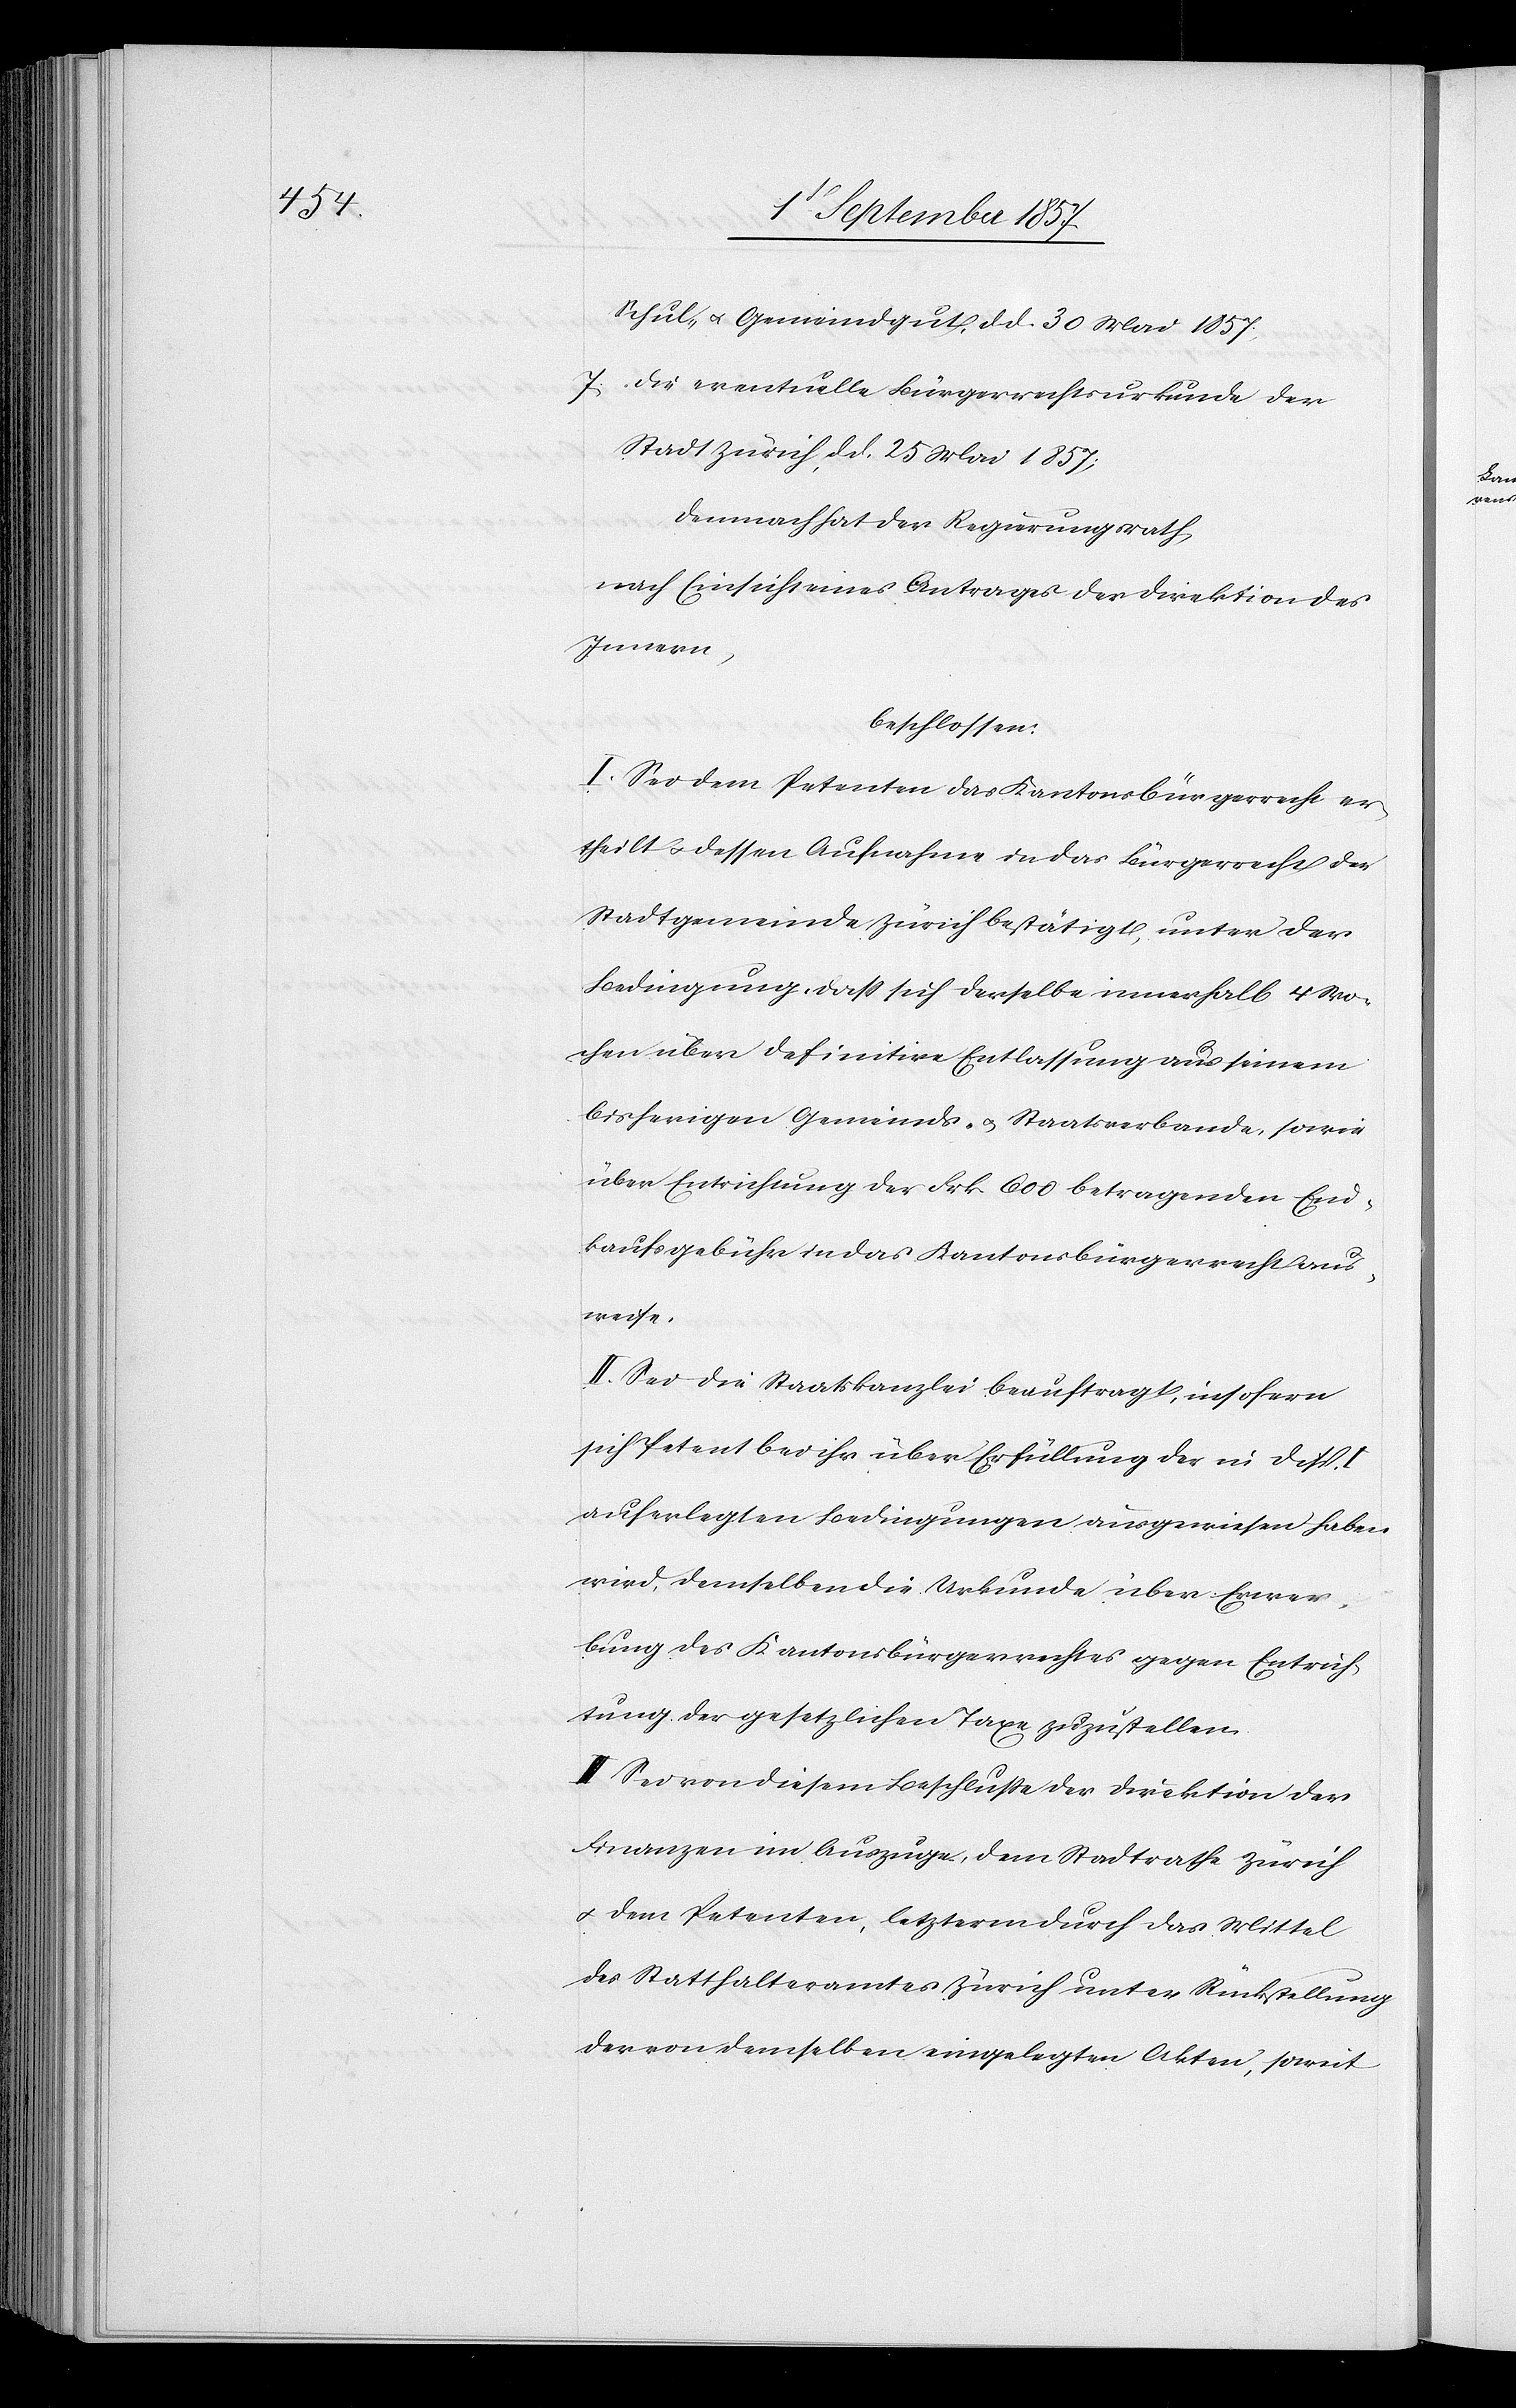
Schul- & Gemeindgut, d. d. 30 Mai 1857;
7) die eventuelle Bürgerrechtsurkunde der
Stadt Zürich, d. d. 25 Mai 1857;
Demnach hat der Regierungsrath,
nach Einsicht eines Antrages der Direktion des
Innern,
beschlossen:
I. Sei dem Petenten des Kantonsbürgerrecht er¬
theilt & dessen Aufnahme in das Bürgerrecht der
Stadtgemeinde Zürich bestätigt, unter der
Bedingung, daß sich derselbe innerhalb 4 Wo¬
chen über definitive Entlassung aus seinem
bisherigen Gemeinds- & Staatsverbande, sowie
über Entrichtung der Frk. 600 betragenden Ein¬
kaufsgebühr in das Kantonsbürgerrecht aus¬
weise.
II. Sei die Staatskanzlei beauftragt, insofern
sich Petent bei ihr über Erfüllung der in Disp. I
auferlegten Bedingungen ausgewiesen haben
wird, demselben die Urkunde über Erwer¬
bung des Kantonsbürgerrechtes gegen Entrich¬
tung der gesetzlichen Taxe zuzustellen.
III. Sei von diesem Beschlusse der Direktion der
Finanzen im Auszuge, dem Stadtrathe Zürich
& dem Petenten, letzterm durch das Mittel
des Statthalteramtes Zürich unter Rückstellung
der von demselben eingelegten Akten, soweit